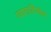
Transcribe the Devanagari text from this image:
ग्वारातिंग्वेता